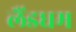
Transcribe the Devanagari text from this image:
लैंडधम